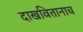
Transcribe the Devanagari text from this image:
दाखवितानाच